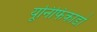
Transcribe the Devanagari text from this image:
यूनिफिकाडो